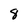
Character: 8